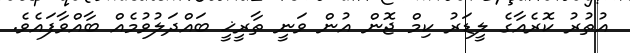
އުތުރު ކޮރެއާގެ ލީޑަރު ކިމް ޖޮން އުން ވަނީ ތާރީޚީ ބައްދަލުވުމެއް ބާއްވާފައެވެ.